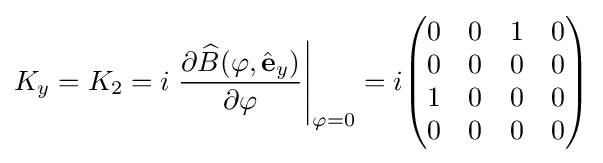
K_{y}=K_{2}=i\left.{\frac {\partial {\widehat {B}}(\varphi ,{\hat {\mathbf {e} }}_{y})}{\partial \varphi }}\right|_{\varphi =0}=i{\begin{pmatrix}0&0&1&0\\0&0&0&0\\1&0&0&0\\0&0&0&0\\\end{pmatrix}}